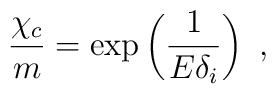
\frac{\chi_c}{m}=\exp\left(\frac{1}{E\delta_i}\right)~,